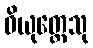
ဝိယုတ္တေသု